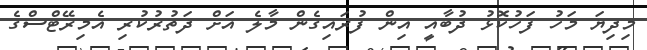
މިދިޔަ މަހު ފަހުކޮޅު ދުބާއީ އިން ފުރައިގެން މާލެ އަށް ދަތުރުކުރި އެމިރޭޓްސްގެ